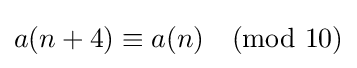
a(n+4)\equiv a(n){\pmod {10}}